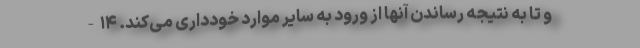
و تا به نتیجه رساندن آنها از ورود به سایر موارد خودداری می‌کند. ۱۴-